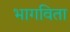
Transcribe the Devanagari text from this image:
भागविता